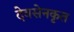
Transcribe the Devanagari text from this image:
देवसेनकृत